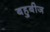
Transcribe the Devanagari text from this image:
बहुबीज